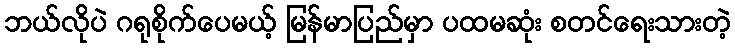
ဘယ်လိုပဲ ဂရုစိုက်ပေမယ့် မြန်မာပြည်မှာ ပထမဆုံး စတင်ရေးသားတဲ့